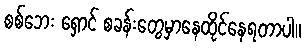
စစ်ဘေး ရှောင် စခန်းတွေမှာနေထိုင်နေရတာပါ။